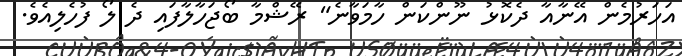
އަހަރުމެން އޭނާއާ ދެކޮޅު ނޫންކަން ހާމަވާނެ" ރޭޝްމާ ބޯޖަހާލާފައި ދެ ލޯ ފުހެލިއެވެ.